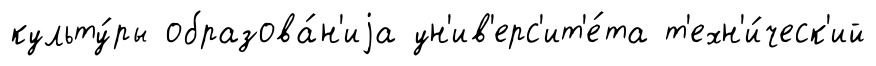
культу́ры образова́н'иjа ун'ив'ерс'ит'е́та т'ехн'и́ческ'ий